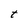
Character: t